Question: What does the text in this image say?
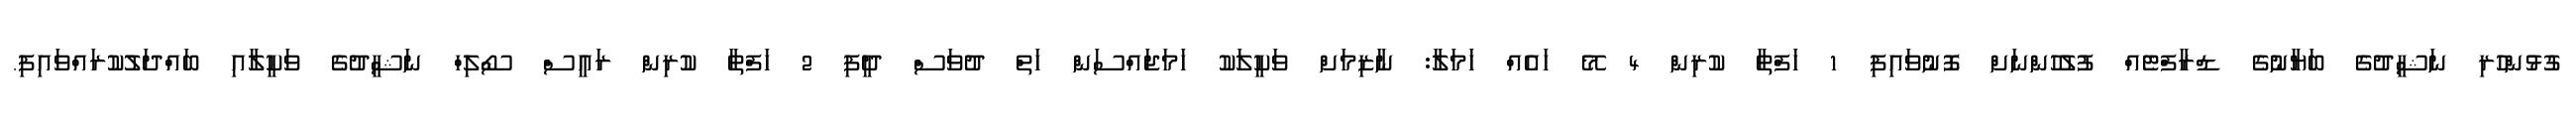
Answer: ގުޅުންހުރި ނަޝީދުގެ ބަޔާނުގެ ޑްރާފްޓެއް ފުލުހުންނަށް ފޮނުވައިފި 1 ހަފްތާ ކުރިން 4 މޭ ހައެއް ހަމަލާ: ނާޒިމަށް ވަކީލަކު ހަމަޖައްސަން ހަތް ދުވަސް ދީފި 2 ހަފްތާ ކުރިން ރައީސް ސޯލިހް ނަޝީދުގެ ވަކީލާއި ބައްދަލުކުރައްވައިފި.